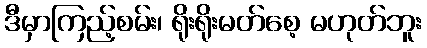
ဒီမှာကြည့်စမ်း၊ ရိုးရိုးမတ်စေ့ မဟုတ်ဘူး